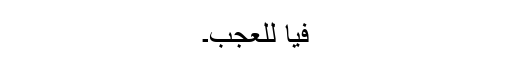
فیا للعجب۔